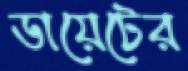
ডায়েটের